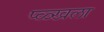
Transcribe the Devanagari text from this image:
प्ळ्खला